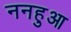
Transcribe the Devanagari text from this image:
ननहुआ